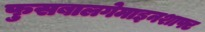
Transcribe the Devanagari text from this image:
फुसबालगेमाइनशाफ्ट